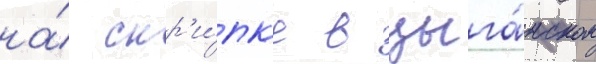
на́ скр'и́пк'е в цыга́нском